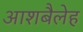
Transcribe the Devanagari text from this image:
आशबैलेह